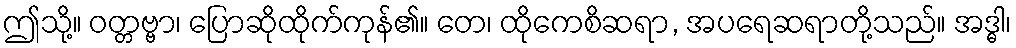
ဤသို့။ ဝတ္တဗ္ဗာ၊ ပြောဆိုထိုက်ကုန်၏။ တေ၊ ထိုကေစိဆရာ, အပရေဆရာတို့သည်။ အဒ္ဓါ၊